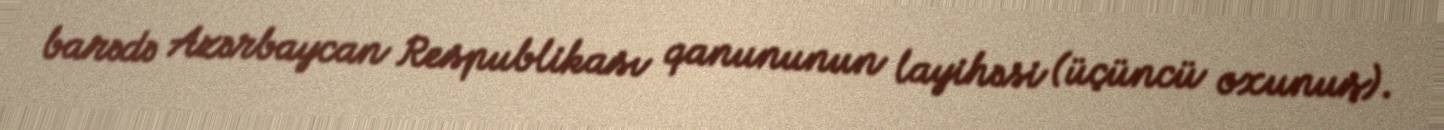
barədə Azərbaycan Respublikası qanununun layihəsi (üçüncü oxunuş).